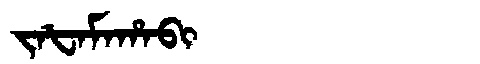
Manchu: ᠵᠠᡶᠠᠮᠠᡥᠠᠪᡳ
Romanization: JAFAMAHABI